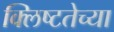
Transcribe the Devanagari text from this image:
क्लिष्टतेच्या